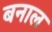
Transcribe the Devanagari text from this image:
बनाल